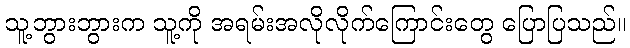
သူ့ဘွားဘွားက သူ့ကို အရမ်းအလိုလိုက်ကြောင်းတွေ ပြောပြသည်။